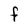
Character: F